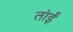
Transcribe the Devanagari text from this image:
तांईं